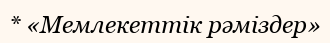
* «Мемлекеттік рәміздер»